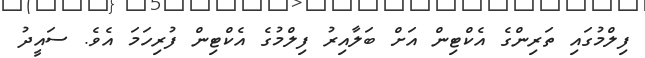
ފިލްމުގައި ތަރިންގެ އެކްޓިން އަށް ބަލާއިރު ފިލްމުގެ އެކްޓިން ފުރިހަމަ އެވެ. ސައީދު